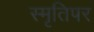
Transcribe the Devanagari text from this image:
स्मृतिपर